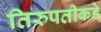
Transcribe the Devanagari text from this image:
तिरुपतीकडे